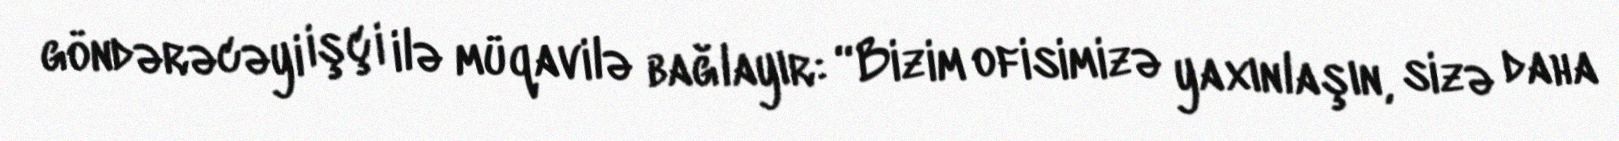
göndərəcəyi işçi ilə müqavilə bağlayır: “Bizim ofisimizə yaxınlaşın, sizə daha